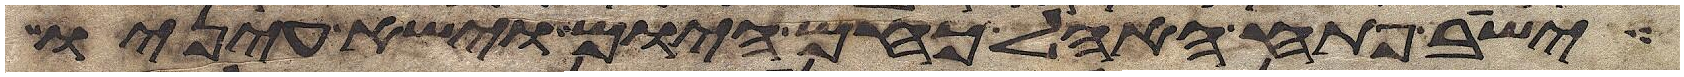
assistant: ישב פתח האהל כחם היום וישא עיניו